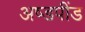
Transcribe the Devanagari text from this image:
अष्डपींड